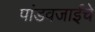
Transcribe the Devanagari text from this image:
पांडवजाईचे